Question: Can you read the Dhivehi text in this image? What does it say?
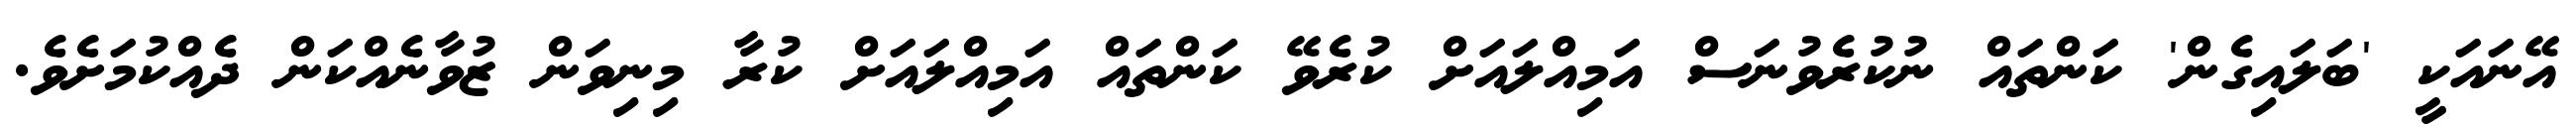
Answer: އޭނައަކީ 'ބަލައިގެން' ކަންތައް ނުކުރެވުނަސް އަމިއްލައަށް ކުރެވޭ ކަންތައް އަމިއްލައަށް ކުރާ މިނިވަން ޒުވާނެއްކަން ދެއްކުމަށެވެ.